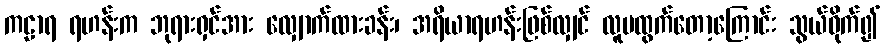
ကဠာရ ရဟန်းက ဘုရားရှင်အား လျှောက်ထားခန်း၊ အရိယာရဟန်းဖြစ်လျှင် လူမထွက်တော့ကြောင်း သွယ်ဝိုက်၍